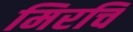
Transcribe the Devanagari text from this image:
मिरचि